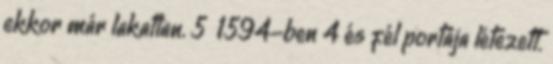
ekkor már lakatlan. 5 1594-ben 4 és fél portája létezett.